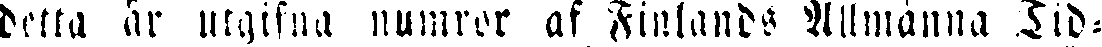
detta år utgifna numror af Finlands Allmänna Tid-